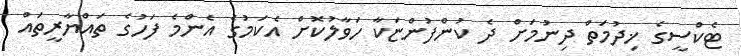
ޓެކްސީގެ ޚިދުމަތް ދިނުމަށް ދެ ކުންފުންޏަކާ ހަވާލުކޮށް އެކަމުގެ އެންމެ ފަހުގެ ތައްޔާރީތައް